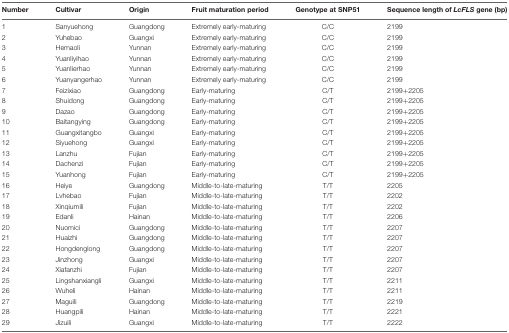
<table><thead><tr><td><b>Number</b></td><td><b>Cultivar</b></td><td><b>Origin</b></td><td><b>Fruit maturation period</b></td><td><b>Genotype at SNP51</b></td><td><b>Sequence length of <i>LcFLS</i> gene (bp)</b></td></tr></thead><tbody><tr><td>1</td><td>Sanyuehong</td><td>Guangdong</td><td>Extremely early-maturing</td><td>C/C</td><td>2199</td></tr><tr><td>2</td><td>Yuhebao</td><td>Guangxi</td><td>Extremely early-maturing</td><td>C/C</td><td>2199</td></tr><tr><td>3</td><td>Hemaoli</td><td>Yunnan</td><td>Extremely early-maturing</td><td>C/C</td><td>2199</td></tr><tr><td>4</td><td>Yuanliyihao</td><td>Yunnan</td><td>Extremely early-maturing</td><td>C/C</td><td>2199</td></tr><tr><td>5</td><td>Yuanlierhao</td><td>Yunnan</td><td>Extremely early-maturing</td><td>C/C</td><td>2199</td></tr><tr><td>6</td><td>Yuanyangerhao</td><td>Yunnan</td><td>Extremely early-maturing</td><td>C/C</td><td>2199</td></tr><tr><td>7</td><td>Feizixiao</td><td>Guangdong</td><td>Early-maturing</td><td>C/T</td><td>2199+2205</td></tr><tr><td>8</td><td>Shuidong</td><td>Guangdong</td><td>Early-maturing</td><td>C/T</td><td>2199+2205</td></tr><tr><td>9</td><td>Dazao</td><td>Guangdong</td><td>Early-maturing</td><td>C/T</td><td>2199+2205</td></tr><tr><td>10</td><td>Baitangying</td><td>Guangdong</td><td>Early-maturing</td><td>C/T</td><td>2199+2205</td></tr><tr><td>11</td><td>Guangxitangbo</td><td>Guangxi</td><td>Early-maturing</td><td>C/T</td><td>2199+2205</td></tr><tr><td>12</td><td>Siyuehong</td><td>Guangxi</td><td>Early-maturing</td><td>C/T</td><td>2199+2205</td></tr><tr><td>13</td><td>Lanzhu</td><td>Fujian</td><td>Early-maturing</td><td>C/T</td><td>2199+2205</td></tr><tr><td>14</td><td>Dachenzi</td><td>Fujian</td><td>Early-maturing</td><td>C/T</td><td>2199+2205</td></tr><tr><td>15</td><td>Yuanhong</td><td>Fujian</td><td>Early-maturing</td><td>C/T</td><td>2199+2205</td></tr><tr><td>16</td><td>Heiye</td><td>Guangdong</td><td>Middle-to-late-maturing</td><td>T/T</td><td>2205</td></tr><tr><td>17</td><td>Lvhebao</td><td>Fujian</td><td>Middle-to-late-maturing</td><td>T/T</td><td>2202</td></tr><tr><td>18</td><td>Xinqiumili</td><td>Fujian</td><td>Middle-to-late-maturing</td><td>T/T</td><td>2202</td></tr><tr><td>19</td><td>Edanli</td><td>Hainan</td><td>Middle-to-late-maturing</td><td>T/T</td><td>2206</td></tr><tr><td>20</td><td>Nuomici</td><td>Guangdong</td><td>Middle-to-late-maturing</td><td>T/T</td><td>2207</td></tr><tr><td>21</td><td>Huaizhi</td><td>Guangdong</td><td>Middle-to-late-maturing</td><td>T/T</td><td>2207</td></tr><tr><td>22</td><td>Hongdenglong</td><td>Guangdong</td><td>Middle-to-late-maturing</td><td>T/T</td><td>2207</td></tr><tr><td>23</td><td>Jinzhong</td><td>Guangxi</td><td>Middle-to-late-maturing</td><td>T/T</td><td>2207</td></tr><tr><td>24</td><td>Xiafanzhi</td><td>Fujian</td><td>Middle-to-late-maturing</td><td>T/T</td><td>2207</td></tr><tr><td>25</td><td>Lingshanxiangli</td><td>Guangxi</td><td>Middle-to-late-maturing</td><td>T/T</td><td>2211</td></tr><tr><td>26</td><td>Wuheli</td><td>Hainan</td><td>Middle-to-late-maturing</td><td>T/T</td><td>2211</td></tr><tr><td>27</td><td>Maguili</td><td>Guangdong</td><td>Middle-to-late-maturing</td><td>T/T</td><td>2219</td></tr><tr><td>28</td><td>Huangpili</td><td>Hainan</td><td>Middle-to-late-maturing</td><td>T/T</td><td>2221</td></tr><tr><td>29</td><td>Jizuili</td><td>Guangxi</td><td>Middle-to-late-maturing</td><td>T/T</td><td>2222</td></tr></tbody></table>